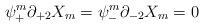
LaTeX: \begin{align*}\psi^m_+\partial_{+2}X_m=\psi^m_-\partial_{-2}X_m=0\end{align*}